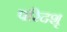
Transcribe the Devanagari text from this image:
परिदशृ